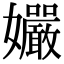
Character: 孍